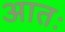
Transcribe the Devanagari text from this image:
आतः